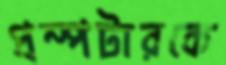
প্রম্পটারকে